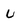
Character: u